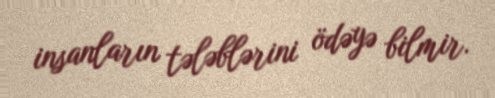
insanların tələblərini ödəyə bilmir.